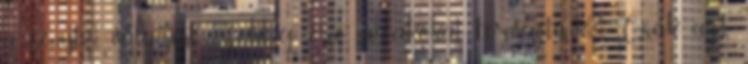
a fényt", valamint "földig érő ablakokat terveztünk". Csak azt